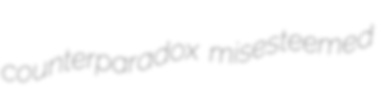
counterparadox misesteemed